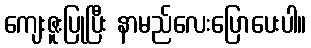
ကျေးဇူးပြုပြီး နာမည်လေးပြောပေးပါ။